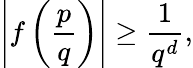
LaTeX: \left|f\left({\frac{p}{q}}\right)\right|\geq{\frac{1}{q^{d}}},